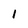
Character: 1